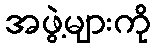
အဖွဲ့များကို